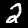
Digit: 2